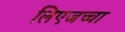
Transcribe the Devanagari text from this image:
लिएजच्चा